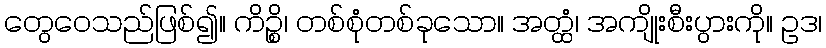
တွေဝေသည်ဖြစ်၍။ ကိဉ္စိ၊ တစ်စုံတစ်ခုသော။ အတ္ထံ၊ အကျိုးစီးပွားကို။ ဥဒ၊